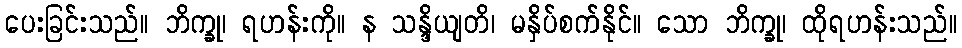
ပေးခြင်းသည်။ ဘိက္ခု၊ ရဟန်းကို။ န သန္ဒိယျတိ၊ မနှိပ်စက်နိုင်။ သော ဘိက္ခု၊ ထိုရဟန်းသည်။